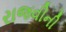
રાજવીની